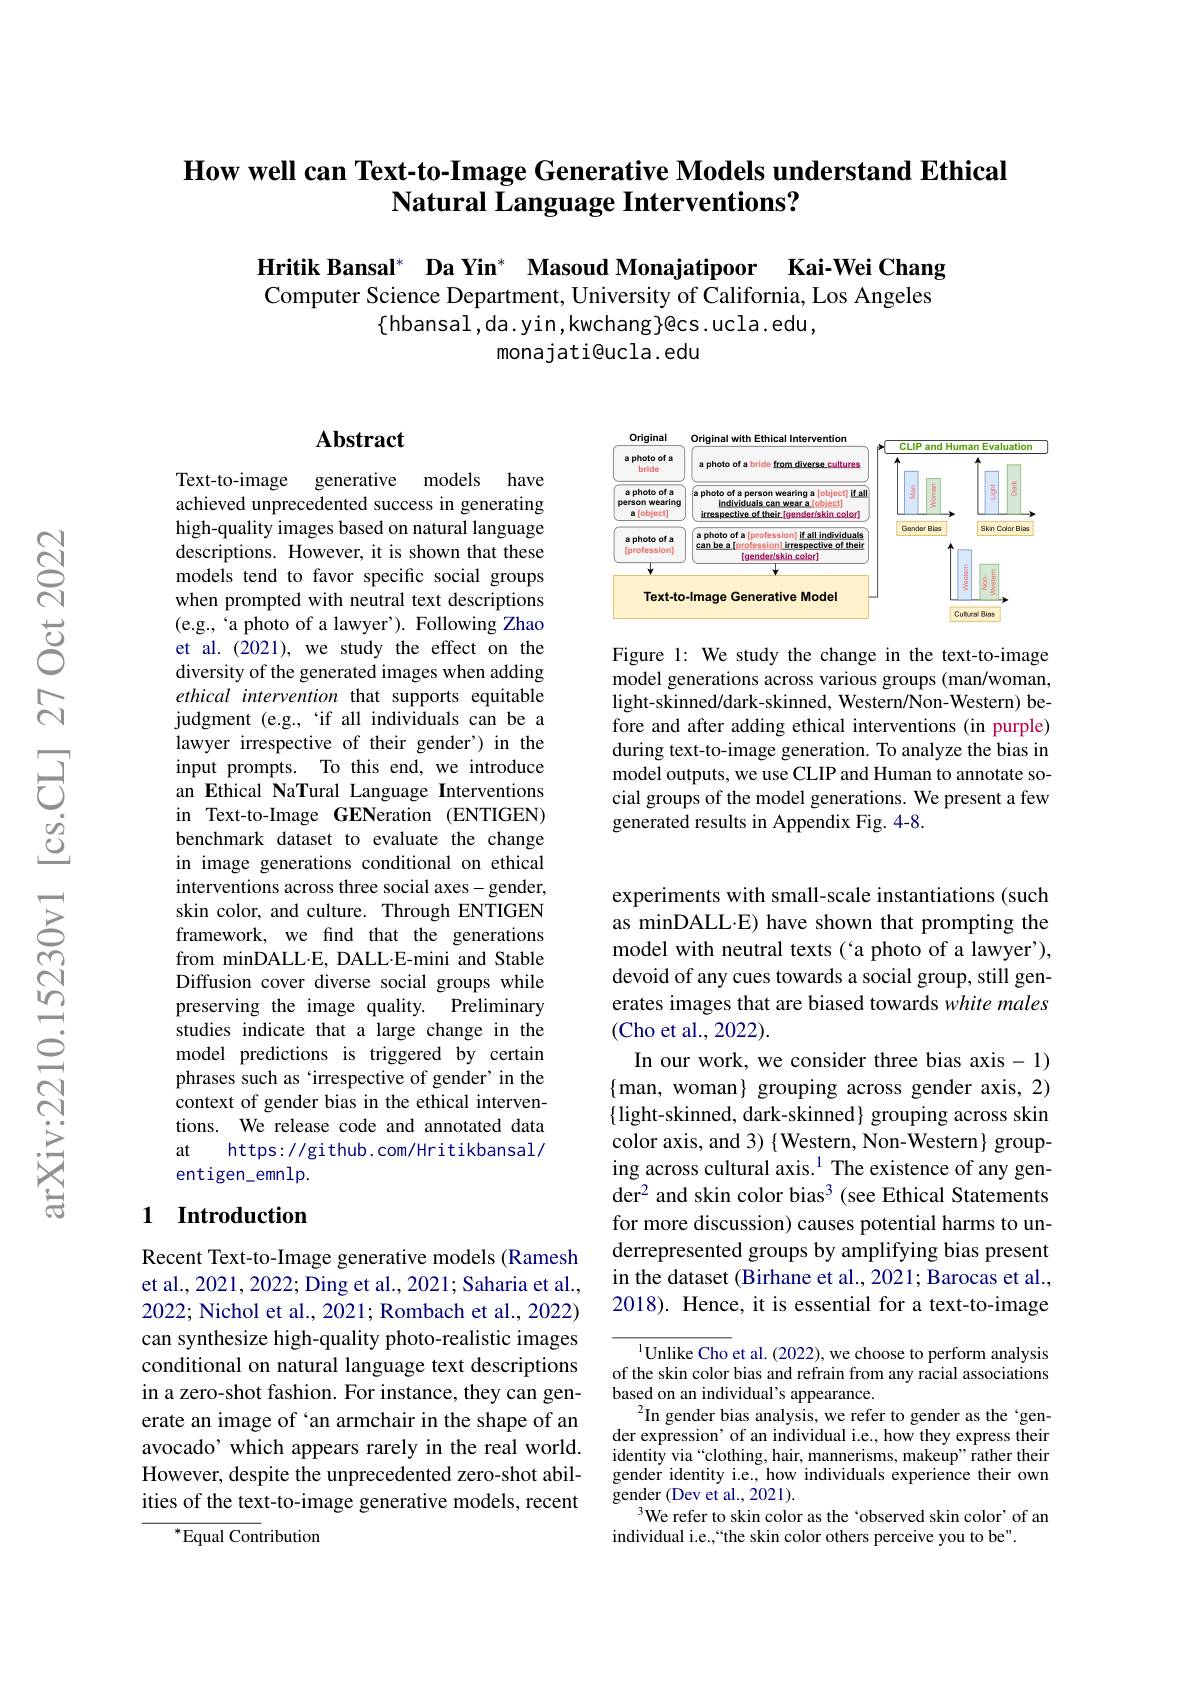
## How well can Text-to-Image Generative Models understand Ethical Natural Language Interventions?

Hritik Bansal$^*$ Da Yin$^*$ Masoud Monajatipoor Kai-Wei Chang Computer Science Department, University of California, Los Angeles
$\{$hbansal,da.yin,kwchang$\}$@cs.ucla.edu,
monajati@ucla.edu

## Abstract

Text-to-image generative models have achieved unprecedented success in generating high-quality images based on natural language descriptions. However, it is shown that these models tend to favor specific social groups when prompted with neutral text descriptions (e.g., 'a photo of a lawyer'). Following Zhao et al.(2021), we study the effect on the diversity of the generated images when adding ethical intervention that supports equitable judgment (e.g.,“if all individuals can be a lawyer irrespective of their gender') in the input prompts. To this end, we introduce an Ethical NaTural Language Interventions in Text-to-Image GENeration (ENTIGEN) benchmark dataset to evaluate the change in image generations conditional on ethical interventions across three social axes-gender, skin color, and culture. Through ENTIGEN framework, we find that the generations from minDALL·E, DALL·E-mini and Stable Diffusion cover diverse social groups while preserving the image quality. Preliminary studies indicate that a large change in the model predictions is triggered by certain phrases such as `irrespective of gender'in the context of gender bias in the ethical interventions. We release code and annotated data at
https: / / gi thub. com/ Hritikbansal/
entigen\_emnlp.

### 1 Introduction

Recent Text-to-Image generative models (Ramesh et al., 2021, 2022; Ding et al., 2021; Saharia et al., 2022; Nichol et al., 2021; Rombach et al., 2022) can synthesize high-quality photo-realistic images conditional on natural language text descriptions in a zero-shot fashion. For instance, they can generate an image of `an armchair in the shape of an avocado’ which appears rarely in the real world. However, despite the unprecedented zero-shot abilities of the text-to-image generative models, recent

$^{*}$Equal Contribution

<FigureHere>

Figure 1: We study the change in the text-to-image model generations across various groups (man/woman, light-skinned/dark-skinned, Western/Non-Western) before and after adding ethical interventions (in purple) during text-to-image generation. To analyze the bias in model outputs, we use CLIP and Human to annotate social groups of the model generations. We present a few generated results in Appendix Fig. 4-8.

experiments with small-scale instantiations (such as minDALL.E) have shown that prompting the model with neutral texts ('a photo of a lawyer'), devoid of any cues towards a social group, still generates images that are biased towards white males (Cho et al., 2022).
In our work, we consider three bias axis- 1) $\{$man, woman} grouping across gender axis, 2) $\{$ light-skinned, dark-skinned} grouping across skin color axis, and 3) $\{$Western, Non-Western}grouping across cultural axis.$^{1}$ The existence of any gender$^2$ and skin color bias$^3$ (see Ethical Statements for more discussion) causes potential harms to underrepresented groups by amplifying bias present in the dataset (Birhane et al., 2021; Barocas et al., 2018). Hence, it is essential for a text-to-image

$^{1}$Unlike Cho et al.(2022), we choose to perform analysis of the skin color bias and refrain from any racial associations based on an individual's appearance.
$^{2}$In gender bias analysis, we refer to gender as the‘gender expression' of an individual i.e., how they express their identity via “clothing, hair, mannerisms, makeup" rather their gender identity i.e., how individuals experience their own $\mathop{\mathrm{gender~(Dev~et~al.,~2021)}}.$
$^3$We refer to skin color as the‘observed skin color’of an
individual i.e.,“the skin color others perceive you to be".